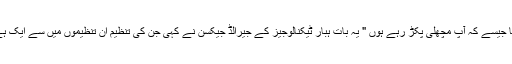
"بنیادی طور پر آپ کو ایک ایسا جال بنانا ہوگا جیسے کہ آپ مچھلی پکڑ رہے ہوں " یہ بات ہبار ٹیکنالوجیز کے جیرالڈ جیکسن نے کہی جن کی تنظیم ان تنظیموں میں سے ایک ہے جس نے اس خیال پر کام شروع کر دیا ہے۔